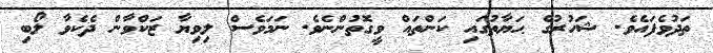
ތަދުވެފައެވެ. ޝަހުރުގެ ޙަޔާތުގައި ކަންތައް ވީގޮތުންނެވެ. ނަމަވެސް ލިވިޔާ ޒަކްވާން ދެކެވާ ލޯބި